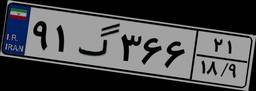
۹۱گ۳۶۶۲۱